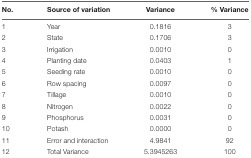
<table><thead><tr><td><b>No.</b></td><td><b>Source of variation</b></td><td><b>Variance</b></td><td><b>% Variance</b></td></tr></thead><tbody><tr><td>1</td><td>Year</td><td>0.1816</td><td>3</td></tr><tr><td>2</td><td>State</td><td>0.1706</td><td>3</td></tr><tr><td>3</td><td>Irrigation</td><td>0.0010</td><td>0</td></tr><tr><td>4</td><td>Planting date</td><td>0.0403</td><td>1</td></tr><tr><td>5</td><td>Seeding rate</td><td>0.0010</td><td>0</td></tr><tr><td>6</td><td>Row spacing</td><td>0.0097</td><td>0</td></tr><tr><td>7</td><td>Tillage</td><td>0.0010</td><td>0</td></tr><tr><td>8</td><td>Nitrogen</td><td>0.0022</td><td>0</td></tr><tr><td>9</td><td>Phosphorus</td><td>0.0031</td><td>0</td></tr><tr><td>10</td><td>Potash</td><td>0.0000</td><td>0</td></tr><tr><td>11</td><td>Error and interaction</td><td>4.9841</td><td>92</td></tr><tr><td>12</td><td>Total Variance</td><td>5.3945263</td><td>100</td></tr></tbody></table>